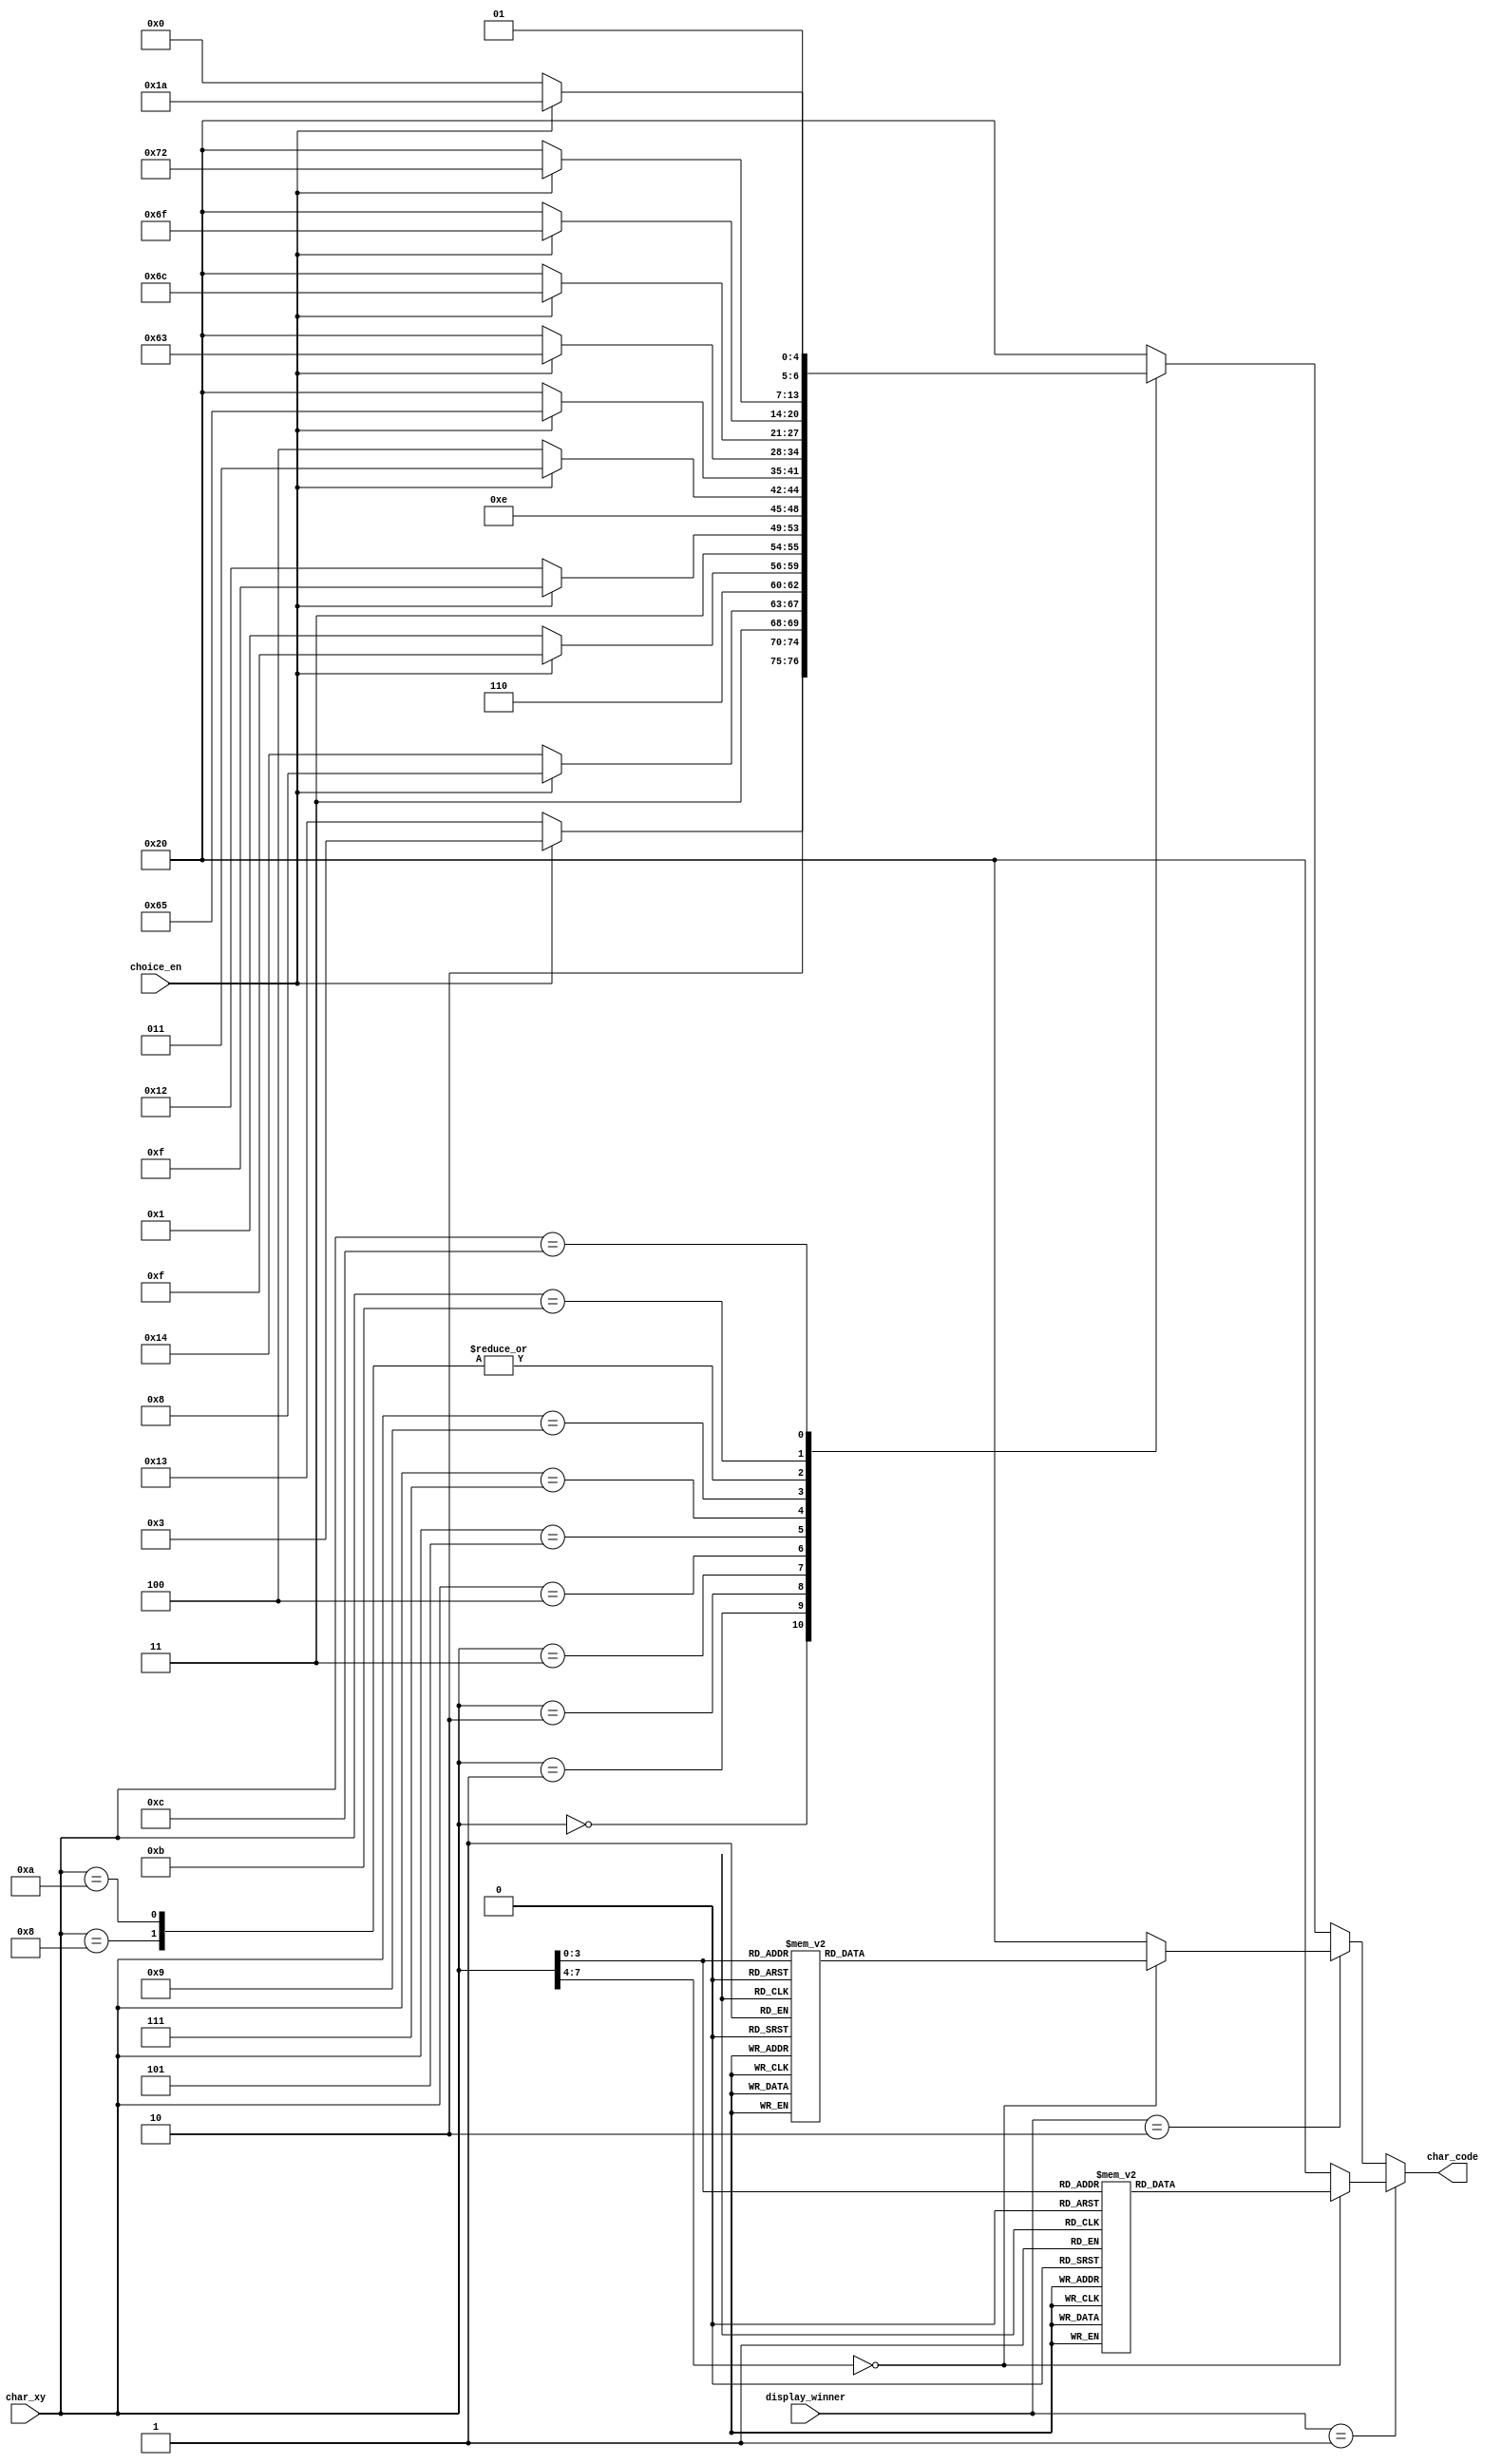
`timescale 1ns / 1ps
//////////////////////////////////////////////////////////////////////////////////
// Company: AGH UST
// Engineers: Hubert Kwaniewski, Marcin Mistela
// 
// Design Name: 
// Module Name: char_rom
// Project Name: Tic-tac-toe game
// Target Devices: 
// Tool Versions: 
// Description: 
// 
// Dependencies: 
// 
// Revision:
// Revision 0.01 - File Created
// Additional Comments:
// 
//////////////////////////////////////////////////////////////////////////////////


module char_rom(
    input wire [7:0] char_xy,
    input wire choice_en,
    input wire [1:0] display_winner,
    output reg [6:0] char_code
    );
    
    always@*
    begin
        if(display_winner == 2'b01)
        begin
            case(char_xy)
                8'h00: char_code = 7'h20; //
                8'h01: char_code = 7'h42; //B
                8'h02: char_code = 7'h4c; //L
                8'h03: char_code = 7'h55; //U
                8'h04: char_code = 7'h45; //E 
                8'h05: char_code = 7'h20; //  
                8'h06: char_code = 7'h57; //W   
                8'h07: char_code = 7'h49; //I  
                8'h08: char_code = 7'h4e; //N 
                8'h09: char_code = 7'h53; //S  
                8'h0a: char_code = 7'h21; //! 
                8'h0b: char_code = 7'h20; //
                8'h0c: char_code = 7'h20; //
                default: char_code = 7'h20;
            endcase 
        end
        else if(display_winner == 2'b10)
        begin
            case(char_xy)
                8'h00: char_code = 7'h20; //
                8'h01: char_code = 7'h59; //Y
                8'h02: char_code = 7'h45; //E
                8'h03: char_code = 7'h4c; //L
                8'h04: char_code = 7'h4c; //L
                8'h05: char_code = 7'h4f; //O  
                8'h06: char_code = 7'h57; //W   
                8'h07: char_code = 7'h20; //  
                8'h08: char_code = 7'h57; //W
                8'h09: char_code = 7'h49; //I 
                8'h0a: char_code = 7'h4e; //N 
                8'h0b: char_code = 7'h53; //S
                8'h0c: char_code = 7'h21; //!
                default: char_code = 7'h20;
            endcase 
        end
        else
        begin
            case(char_xy)
                8'h00: char_code = choice_en ? 7'h43 : 7'h53; //C : S
                8'h01: char_code = choice_en ? 7'h68 : 7'h74; //h : t
                8'h02: char_code = choice_en ? 7'h6f : 7'h61; //o : a
                8'h03: char_code = choice_en ? 7'h6f : 7'h72; //o : r
                8'h04: char_code = choice_en ? 7'h73 : 7'h74; //s : t
                8'h05: char_code = choice_en ? 7'h65 : 7'h20; //e : 
                8'h06: char_code = choice_en ? 7'h20 : 7'h20; //  : 
                8'h07: char_code = choice_en ? 7'h63 : 7'h20; //c : 
                8'h08: char_code = choice_en ? 7'h6f : 7'h20; //o : 
                8'h09: char_code = choice_en ? 7'h6c : 7'h20; //l : 
                8'h0a: char_code = choice_en ? 7'h6f : 7'h20; //o : 
                8'h0b: char_code = choice_en ? 7'h72 : 7'h20; //r : 
                8'h0c: char_code = choice_en ? 7'h3a : 7'h20; //: : 
                default: char_code = 7'h20;
            endcase
         end
    end
    
endmodule